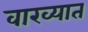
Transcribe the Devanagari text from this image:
वाख्यात